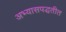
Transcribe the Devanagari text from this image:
अभ्यासपद्धतीत